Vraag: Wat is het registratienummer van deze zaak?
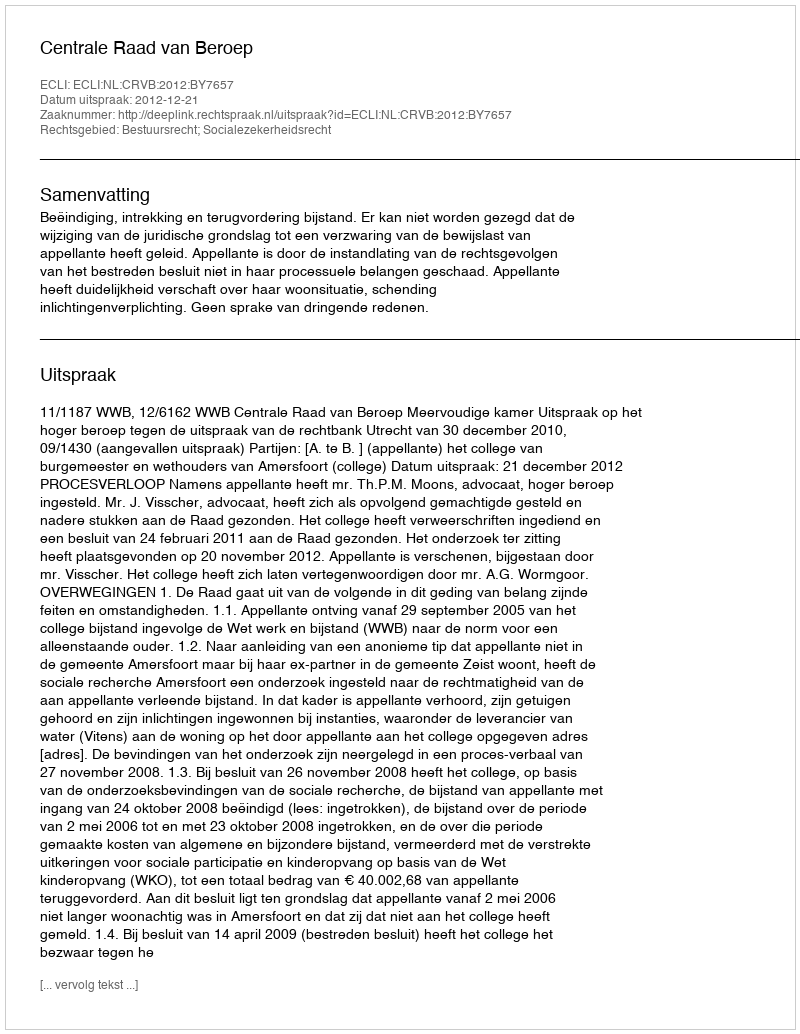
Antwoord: http://deeplink.rechtspraak.nl/uitspraak?id=ECLI:NL:CRVB:2012:BY7657